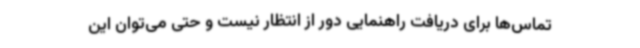
تماس‌ها برای دریافت راهنمایی دور از انتظار نیست و حتی می‌توان این